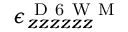
\epsilon _ { z z z z z z } ^ { \mathrm { ~ D ~ 6 ~ W ~ M ~ } }